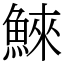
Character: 鯠